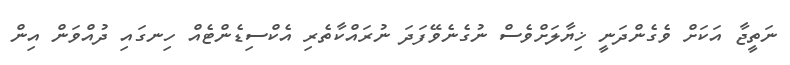
ނަތީޖާ އަކަށް ވެގެންދަނީ ޚިޔާލަށްވެސް ނުގެނެވޭފަދަ ނުރައްކާތެރި އެކްސިޑެންޓެއް ހިނގައި ދުއްވަން އިން